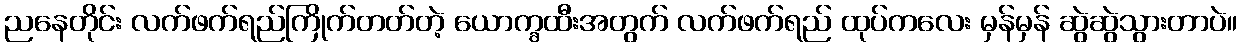
ညနေတိုင်း လက်ဖက်ရည်ကြိုက်တတ်တဲ့ ယောက္ခထီးအတွက် လက်ဖက်ရည် ထုပ်ကလေး မှန်မှန် ဆွဲဆွဲသွားတာပဲ။